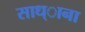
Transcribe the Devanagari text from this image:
साध्ाना